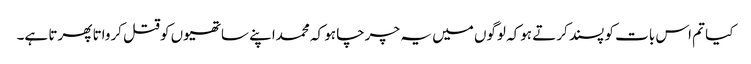
کیا تم اس بات کو پسند کرتے ہوکہ لوگوں میں یہ چرچا ہو کہ محمداپنے ساتھیوں کوقتل کرواتا پھرتا ہے۔